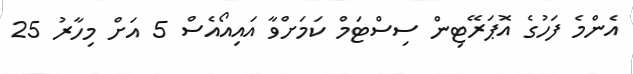
އެންމެ ފަހުގެ އޮޕަރޭޓިން ސިސްޓަމް ކަމަށްވާ އައިއޯއެސް 5 އަށް މިހާރު 25